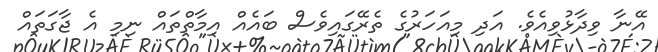
އޭނާ ވިދާޅުވިއެވެ. އަދި މިއަހަރުގެ ތެރޭގައިވެސް ބައެއް އިމާތްތައް ނިމި އެ ޖާގަތައް